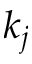
k _ { j }